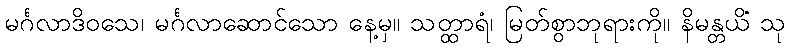
မင်္ဂလာဒိဝသေ၊ မင်္ဂလာဆောင်သော နေ့မှ။ သတ္ထာရံ၊ မြတ်စွာဘုရားကို။ နိမန္တယိံ သု